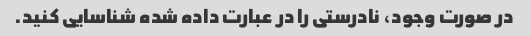
در صورت وجود، نادرستی را در عبارت داده شده شناسایی کنید.